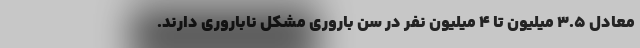
معادل ۳.۵ میلیون تا ۴ میلیون نفر در سن باروری مشکل ناباروری دارند.